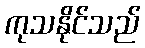
ကုသနိုင်သည်